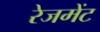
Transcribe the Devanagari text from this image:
रेजमेंट